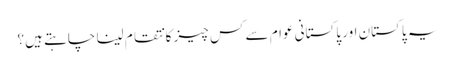
یہ پاکستان اور پاکستانی عوام سے کس چیز کا نتقام لینا چاہتے ہیں؟